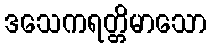
ဒသေကရတ္တိမာသော